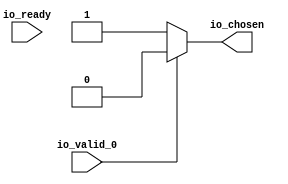
module RREncode_23(
    input  io_valid_0,
    output io_chosen,
    input  io_ready);
  wire choose;
  assign io_chosen = choose;
  assign choose = io_valid_0 ? 1'h0 : 1'h1;
endmodule